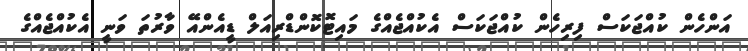
އަންހެން ކުއްޖަކަސް ފިރިހެން ކުއްޖަކަސް އެކުއްޖެއްގެ މައިޓޮކޮންޑްރިއަލް ޑީއެންއޭ ވާރުތަ ވަނީ އެކުއްޖެއްގެ